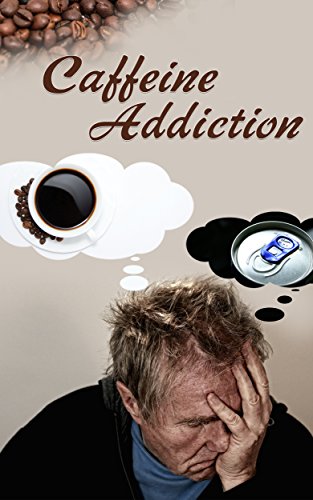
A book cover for Caffeine Addiction: The Cure To Overcoming Addiction To Caffeine And Understanding It's Affect On The Body; Dr. Carrie White; Health, Fitness & Dieting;